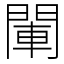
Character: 閳